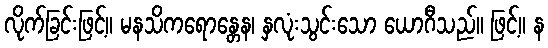
လိုက်ခြင်းဖြင့်။ မနသိကရောန္တေန၊ နှလုံးသွင်းသော ယောဂီသည်။ ဖြင့်။ န